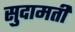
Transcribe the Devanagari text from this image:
सुदामती